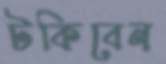
টকিবেন